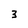
Character: 3